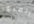
الصرع